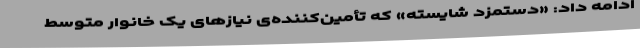
ادامه داد: «دستمزد شایسته» که تأمین‌کننده‌ی نیازهای یک خانوار متوسط